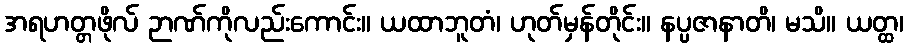
အရဟတ္တဖိုလ် ဉာဏ်ကိုလည်းကောင်း။ ယထာဘူတံ၊ ဟုတ်မှန်တိုင်း။ နပ္ပဇာနာတိ၊ မသိ။ ယတ္ထ၊